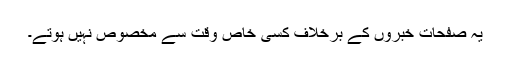
یہ صفحات خبروں کے برخلاف کسی خاص وقت سے مخصوص نہیں ہوتے۔